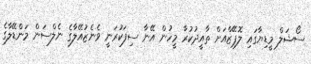
ސޯޝަލް މީޑިޔާގައި ލޮޕޭޒްއަށް ތާއީދުކުރާ މީހުން އޭނާ ސިފަކުރަނީ ވެނެޒުއޭލާގެ ނެލްސަން މަންޑޭލާގެ